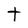
Character: t